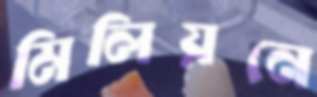
মিলিয়নে